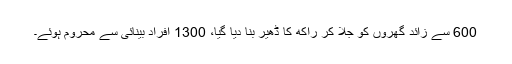
600 سے زائد گھروں کو جلا کر راکھ کا ڈھیر بنا دیا گیا، 1300 افراد بینائی سے محروم ہوئے۔